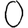
Digit: 0